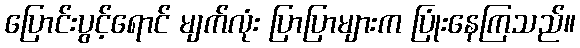
ပြောင်းပွင့်ရောင် မျက်လုံး ပြာပြာများက ပြုံးနေကြသည်။